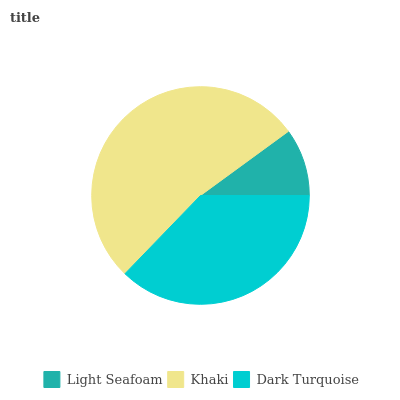
| Light Seafoam | Khaki | Dark Turquoise |
 | --- | --- | --- |
 | 10% | 52.7% | 37.3% |